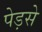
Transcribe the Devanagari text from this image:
पेड़से